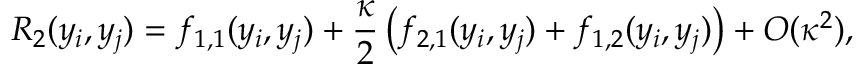
R _ { 2 } ( y _ { i } , y _ { j } ) = f _ { 1 , 1 } ( y _ { i } , y _ { j } ) + { \frac { \kappa } { 2 } } \left( f _ { 2 , 1 } ( y _ { i } , y _ { j } ) + f _ { 1 , 2 } ( y _ { i } , y _ { j } ) \right) + O ( \kappa ^ { 2 } ) ,